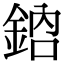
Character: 𨦳